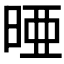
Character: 𪰥